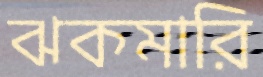
ঝকমারি